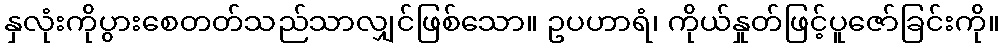
နှလုံးကိုပွားစေတတ်သည်သာလျှင်ဖြစ်သော။ ဥပဟာရံ၊ ကိုယ်နှုတ်ဖြင့်ပူဇော်ခြင်းကို။